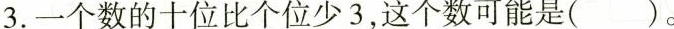
3.一个数的十位比个位少3，这个数可能是( )。